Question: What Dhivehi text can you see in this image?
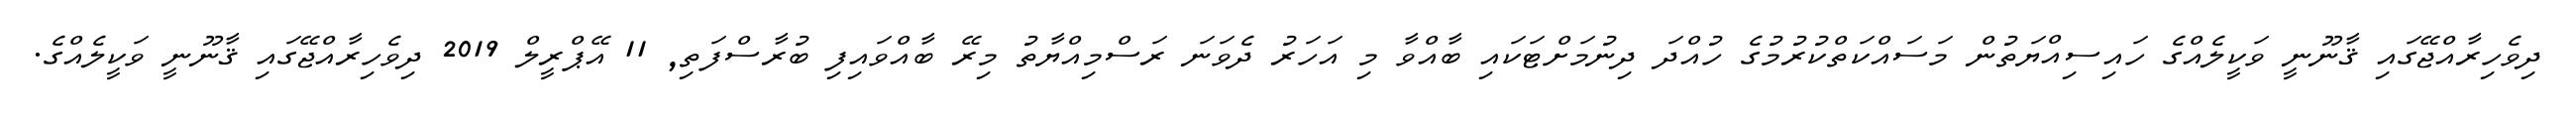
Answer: ދިވެހިރާއްޖޭގައި ޤާނޫނީ ވަކީލެއްގެ ހައިސިއްޔަތުން މަސައްކަތްކުރުމުގެ ހުއްދަ ދިނުމަށްޓަކައި ބާއްވާ މި އަހަރު ދެވަނަ ރަސްމިއްޔާތު މިރޭ ބާއްވައިފި ބުރާސްފަތި, 11 އޭޕްރީލް 2019 ދިވެހިރާއްޖޭގައި ޤާނޫނީ ވަކީލެއްގެ.